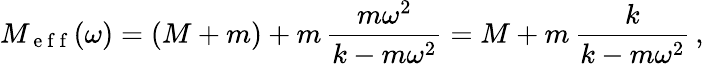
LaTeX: M_{\mathrm{~e~f~f~}}(\omega)=(M+m)+m\, \frac{m\omega^{2}}{k-m\omega^{2}}=M+m\, \frac{k}{k-m\omega^{2}}\, ,